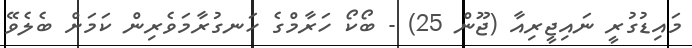
މައިޑުގުރީ ނައިޖީރިއާ (ޖޫން 25) - ބޯކޯ ހަރާމްގެ ހަނގުރާމަވެރިން ކަމަށް ބެލެވޭ